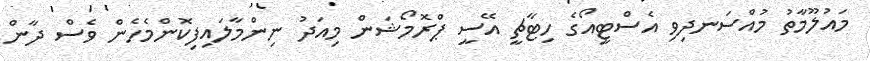
މައުލޫމާތު މުއްސަނދިވި އެސްޓީއޯގެ ހިޓާޗީ އޭސީ ޕްރޮމޯޝަން މިއަދު ނިންމާލައިފިކޮންމެހެން ވެސް ދާން